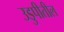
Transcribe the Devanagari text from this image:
उडुपीतील